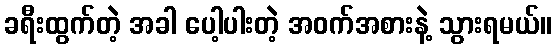
ခရီးထွက်တဲ့ အခါ ပေါ့ပါးတဲ့ အဝက်အစားနဲ့ သွားရမယ်။